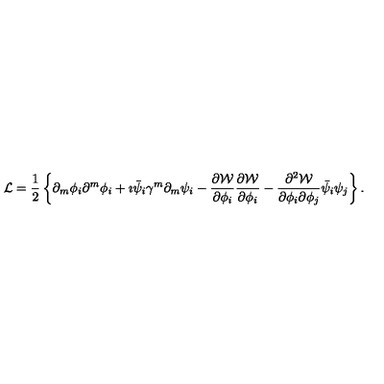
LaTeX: { \cal L } = \frac { 1 } { 2 } \left\{ \partial _ { m } \phi _ { i } \partial ^ { m } \phi _ { i } + \imath \bar { \psi } _ { i } \gamma ^ { m } \partial _ { m } \psi _ { i } - \frac { \partial { \cal W } } { \partial \phi _ { i } } \frac { \partial { \cal W } } { \partial \phi _ { i } } - \frac { \partial ^ { 2 } { \cal W } } { \partial \phi _ { i } \partial \phi _ { j } } \bar { \psi } _ { i } \psi _ { j } \right\} .